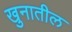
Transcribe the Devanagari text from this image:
खुनातील